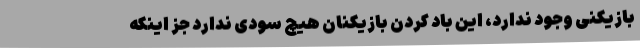
بازیکنی وجود ندارد، این باد کردن بازیکنان هیچ سودی ندارد جز اینکه